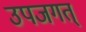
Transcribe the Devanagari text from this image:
उपजगत्